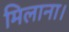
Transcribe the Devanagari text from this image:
मिलाना।